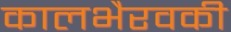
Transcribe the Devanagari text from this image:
कालभैरवकी